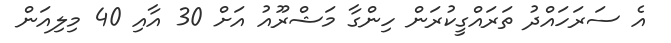
އެ ސަރަހައްދު ތަރައްގީކުރަން ހިންގާ މަޝްރޫއު އަށް 30 އާއި 40 މިލިއަން